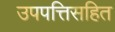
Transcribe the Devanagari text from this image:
उपपत्तिसहित